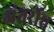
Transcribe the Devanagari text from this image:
अंतर्रोध